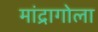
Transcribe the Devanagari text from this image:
मांद्रागोला